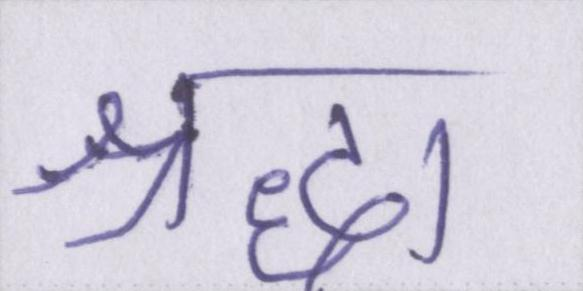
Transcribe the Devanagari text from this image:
श्रद्धा